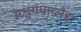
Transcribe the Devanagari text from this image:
अश्वगंधाव्लेहा